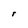
Character: r